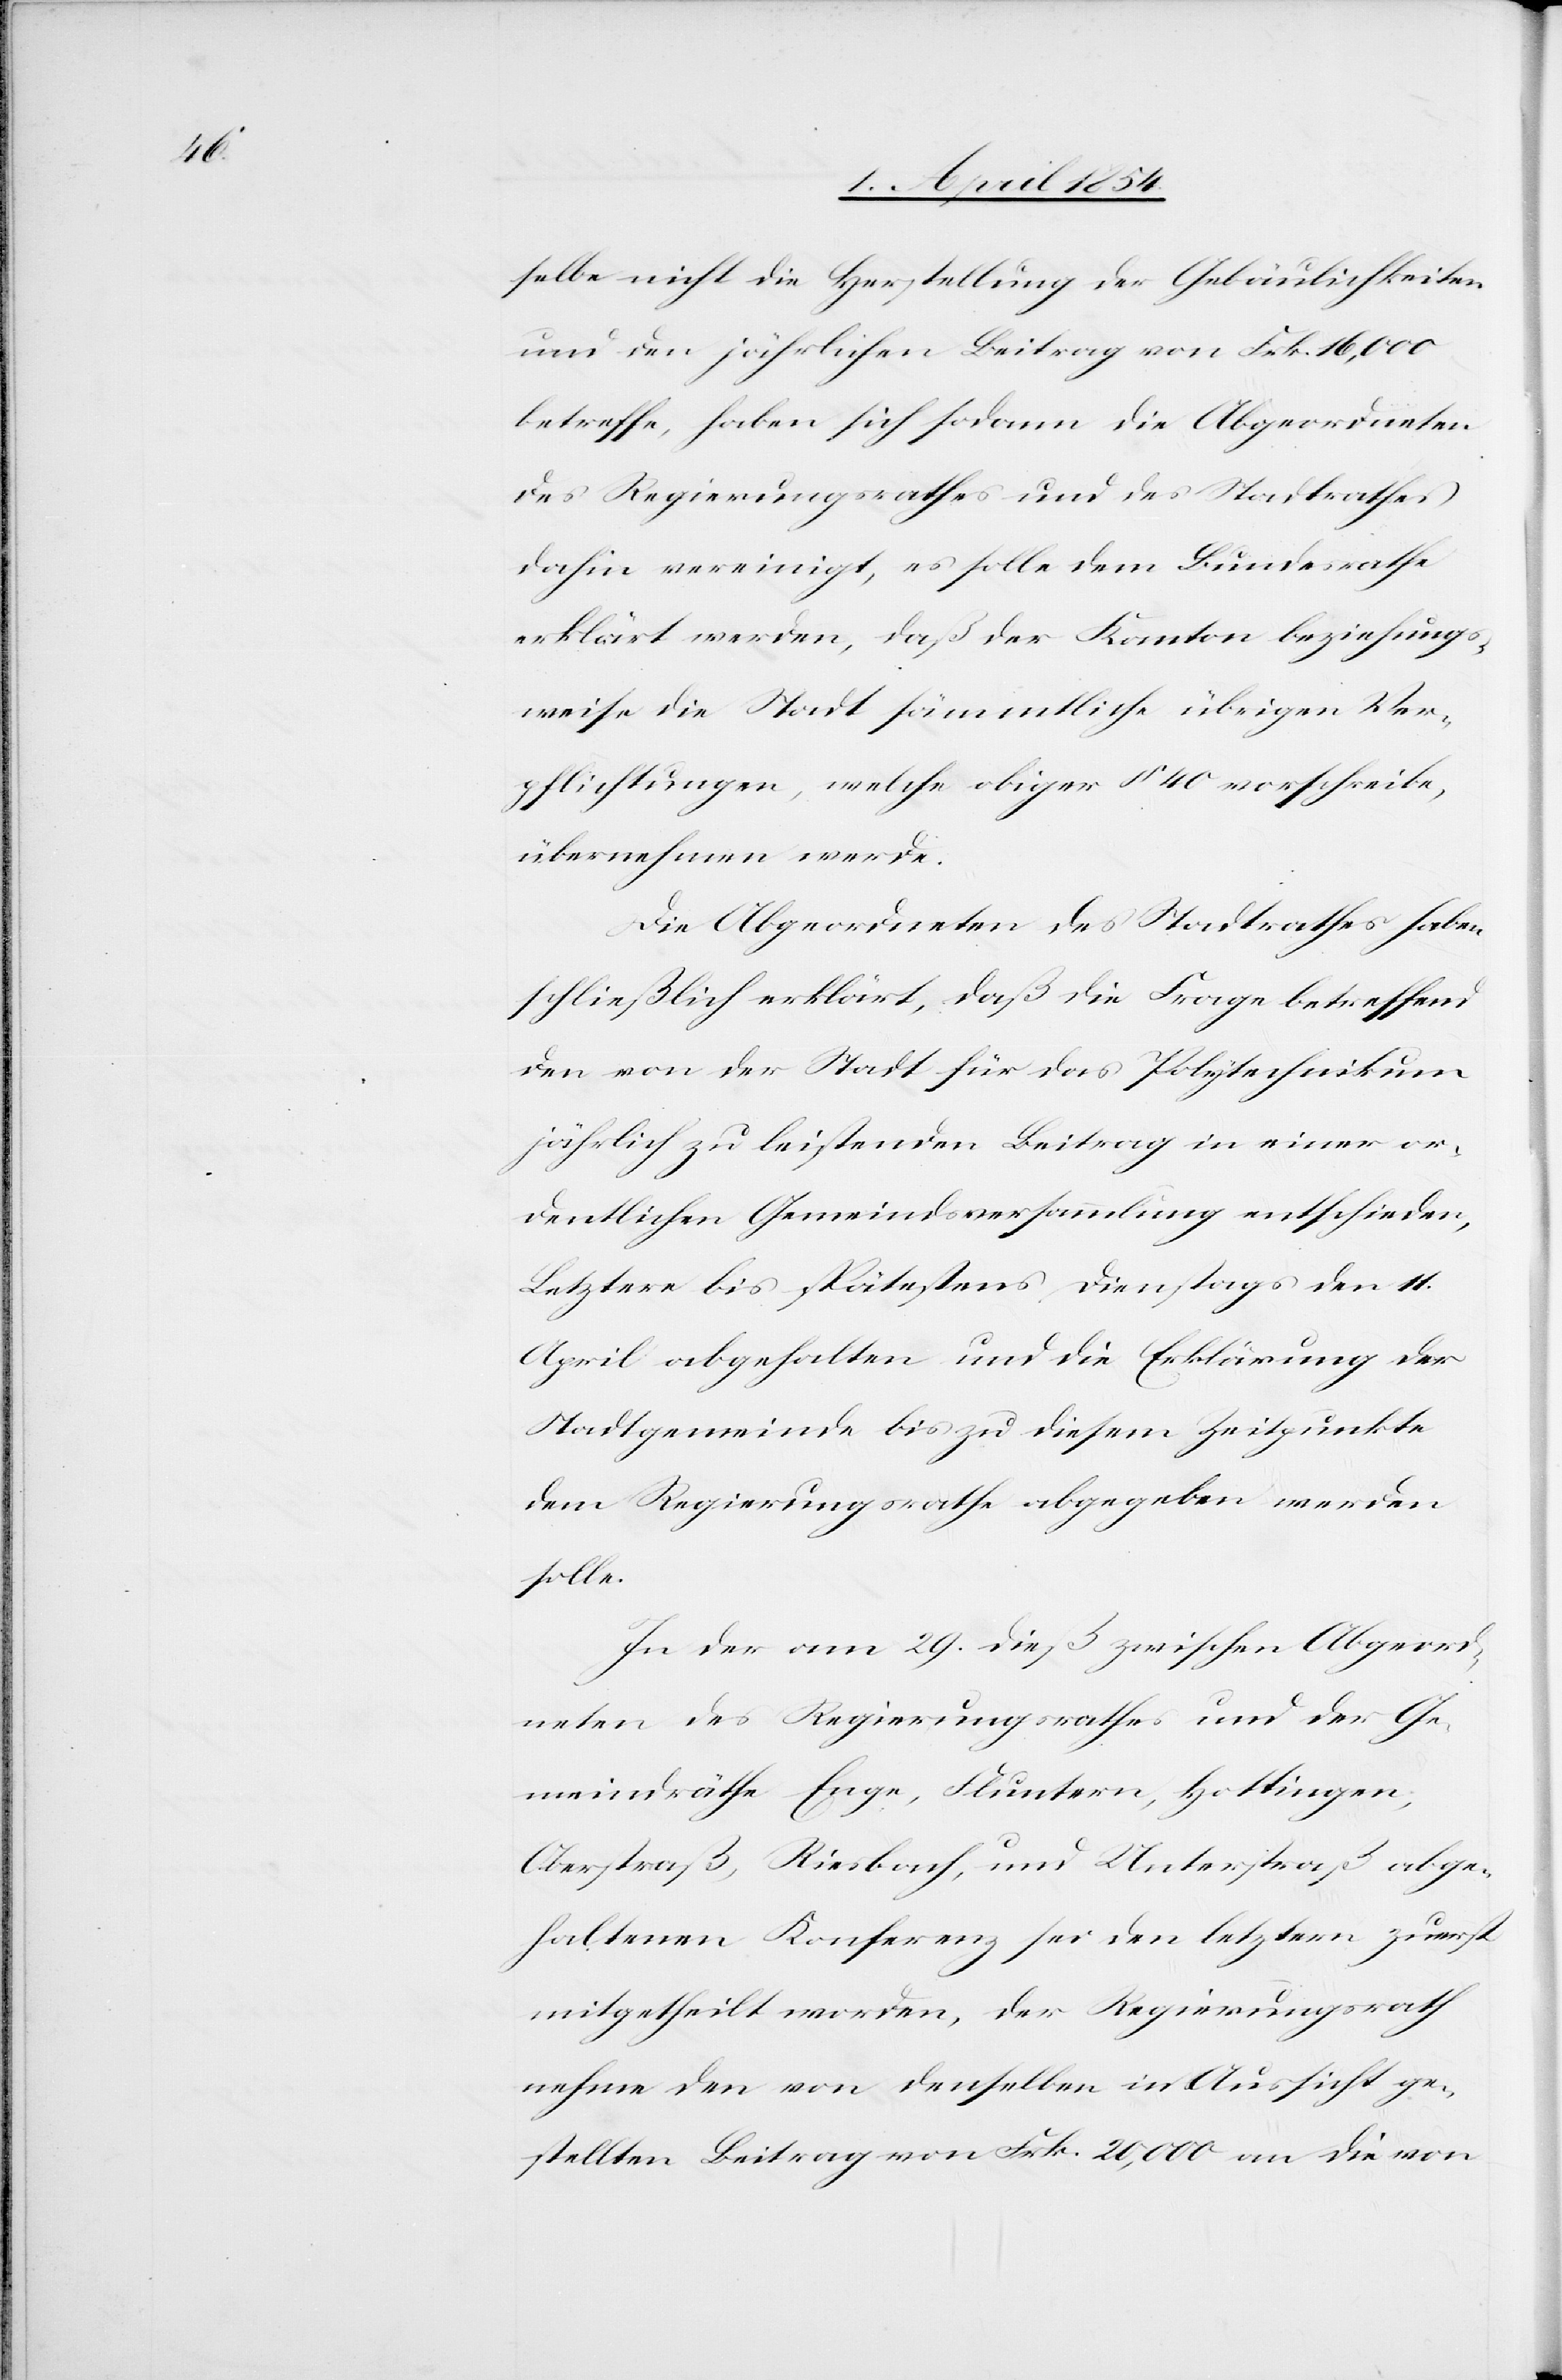
selbe nicht die Herstellung der Gebäulichkeiten
und den jährlichen Beitrag von Frk. 16,000
betreffe, haben sich sodann die Abgeordneten
des Regierungsrathes und des Stadtrathes
dahin vereinigt, es solle dem Bundesrathe
erklärt werden, daß der Kanton beziehungs¬
weise die Stadt sämmtliche übrigen Ver¬
pflichtungen, welche obiger § 40 vorschreibe,
übernehmen werde.
Die Abgeordneten des Stadtrathes haben
schließlich erklärt, daß die Frage betreffend
den von der Stadt für das Polytechnikum
jährlich zu leistenden Beitrag in einer or¬
dentlichen Gemeindsversammlung entschieden,
Letztere bis spätestens Dienstags den 11.
April abgehalten werden und die Erklärung der
Stadtgemeinde bis zu diesem Zeitpunkte
dem Regierungsrathe abgegeben werden
solle.
In der am 29. dieß zwischen Abgeord¬
neten des Regierungsrathes und der Ge¬
meindräthe Enge, Fluntern, Hottingen,
Oberstraß, Riesbach, und Unterstraß abge¬
haltenen Konferenz sei den letztern zuerst
mitgetheilt worden, der Regierungsrath
nehme den von denselben in Aussicht ge¬
stellten Beitrag von Frk. 20,000 an die von